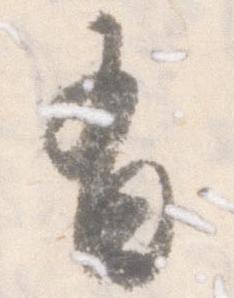
有